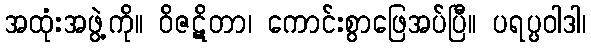
အထုံးအဖွဲ့ကို။ ဝိဇဋိတာ၊ ကောင်းစွာဖြေအပ်ပြီ။ ပရပ္ပဝါဒါ၊